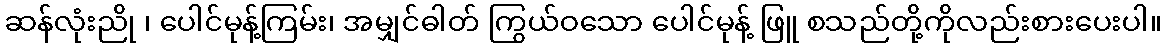
ဆန်လုံးညို ၊ ပေါင်မုန့်ကြမ်း၊ အမျှင်ဓါတ် ကြွယ်ဝသော ပေါင်မုန့် ဖြူ စသည်တို့ကိုလည်းစားပေးပါ။